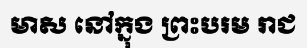
មាស នៅក្នុង ព្រះបរម រាជ